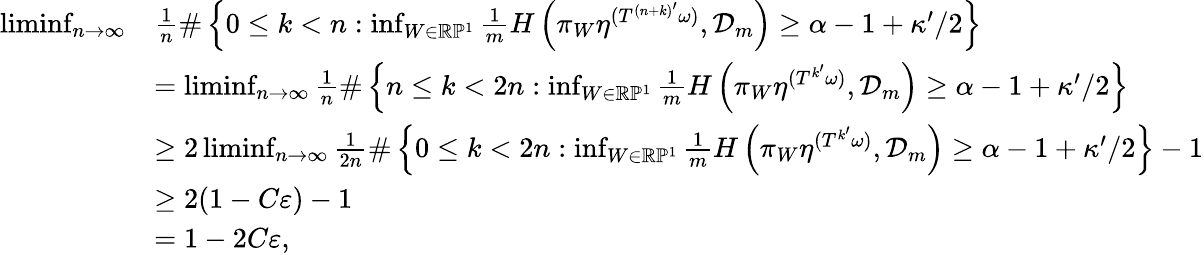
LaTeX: \begin{array}{rl}{\operatorname*{liminf}_{n\to\infty}}&{\frac{1}{n}\# \left\{ 0\leq k<n:\operatorname*{inf}_{W\in\mathbb R\mathbb P^{1}}\frac{1}{m}H\left(\pi_{W}\eta^{(T^{(n+k)^{\prime}}\omega)},{\mathcal D}_{m}\right)\geq\alpha-1+\kappa^{\prime}/2\right\} }\\ &{=\operatorname*{liminf}_{n\to\infty}\frac{1}{n}\# \left\{ n\leq k<2n:\operatorname*{inf}_{W\in\mathbb R\mathbb P^{1}}\frac{1}{m}H\left(\pi_{W}\eta^{(T^{k^{\prime}}\omega)},{\mathcal D}_{m}\right)\geq\alpha-1+\kappa^{\prime}/2\right\} }\\ &{\geq 2\operatorname*{liminf}_{n\to\infty}\frac{1}{2n}\# \left\{ 0\leq k<2n:\operatorname*{inf}_{W\in\mathbb R\mathbb P^{1}}\frac{1}{m}H\left(\pi_{W}\eta^{(T^{k^{\prime}}\omega)},{\mathcal D}_{m}\right)\geq\alpha-1+\kappa^{\prime}/2\right\} -1}\\ &{\geq 2(1-C\varepsilon)-1}\\ &{=1-2C\varepsilon,}\end{array}